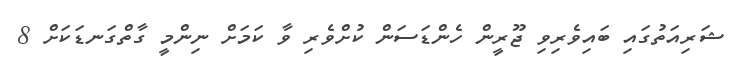
ޝަރިއަތުގައި ބައިވެރިވި ޖޫރީން ހެންޑަސަން ކުށްވެރި ވާ ކަމަށް ނިންމީ ގާތްގަނޑަކަށް 8